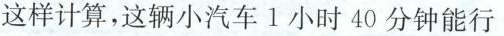
这样计算，这辆小汽车1小时40分钟能行